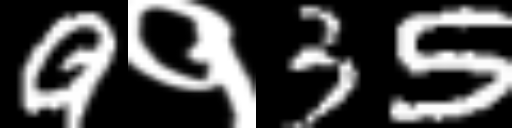
Text: 9१35